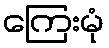
ကြေးမုံ